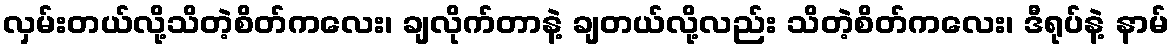
လှမ်းတယ်လို့သိတဲ့စိတ်ကလေး၊ ချလိုက်တာနဲ့ ချတယ်လို့လည်း သိတဲ့စိတ်ကလေး၊ ဒီရုပ်နဲ့ နာမ်